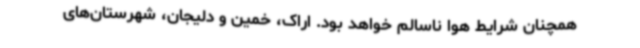
همچنان شرایط هوا ناسالم خواهد بود. اراک، خمین و دلیجان، شهرستان‌های